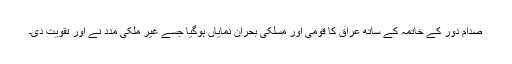
صدام دور کے خاتمہ کے ساتھ عراق کا قومی اور مسلکی بحران نمایاں ہوگیا جسے غیر ملکی مدد نے اور تقویت دی۔